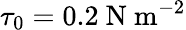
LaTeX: \tau_{0}=0.2\ \mathrm{N}\ \mathrm{m}^{-2}